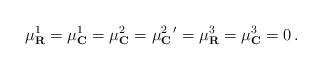
LaTeX: \begin{align*}\mu_{\mathbf{R}}^1=\mu_{\mathbf{C}}^1=\mu_{\mathbf{C}}^2 =\mu_{\mathbf{C}}^{2\,\,\,\prime}=\mu_{\mathbf{R}}^3 =\mu_{\mathbf{C}}^3=0\,.\end{align*}